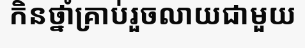
កិនថ្នាំគ្រាប់រួចលាយជាមួយ